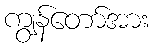
ကျွန်တော်အား